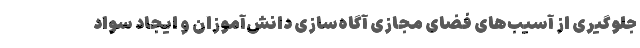
جلوگیری از آسیب‌های فضای مجازی آگاه‌سازی دانش‌آموزان و ایجاد سواد